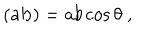
LaTeX: ( { \bf a b } ) = a b \cos { \theta } ~ ,